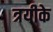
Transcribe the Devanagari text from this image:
त्रयीके